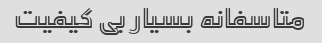
متاسفانه بسیار بی کیفیت